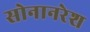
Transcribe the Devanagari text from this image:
सोनानरेश